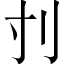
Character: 刌